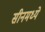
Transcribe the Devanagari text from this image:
सीनमध्ये